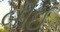
બીઈ